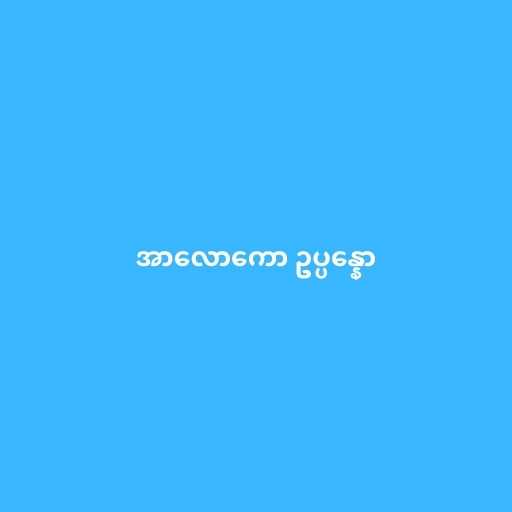
အာလောကော ဥပ္ပန္နော